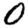
Digit: 0